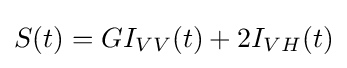
S(t)=G{I_{VV}}(t)+2{I_{VH}}(t)